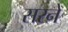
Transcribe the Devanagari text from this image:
सरने